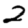
Digit: 2